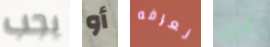
يجب أو نعرفه أهملت